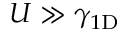
U \gg \gamma _ { 1 \mathrm { D } }